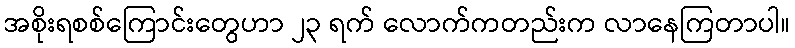
အစိုးရစစ်ကြောင်းတွေဟာ ၂၃ ရက် လောက်ကတည်းက လာနေကြတာပါ။